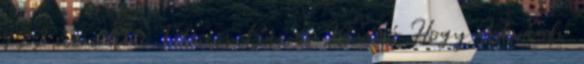
422 were here Fitness Bár és Kávézó Hogy Istvánfi